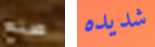
صنع شديده